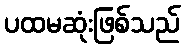
ပထမဆုံးဖြစ်သည်